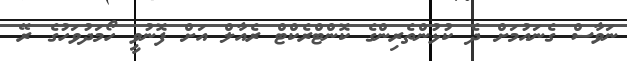
ނަވާސް ގެނައުމަށް ދެ ކުޅުންތެރިންގެ ކޮންޓްރެކްޓް ރެއާލް އަށް ފޮނުވީ ހޯމަދުވަހުގެ ރޭ